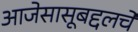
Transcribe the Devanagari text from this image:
आजेसासूबद्दलचे